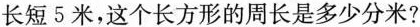
长短5米，这个长方形的周长是多少分米?